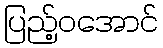
ပြည့်ဝအောင်